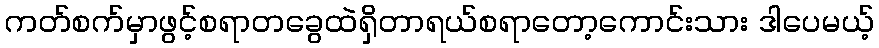
ကတ်စက်မှာဖွင့်စရာတခွေထဲရှိတာရယ်စရာတော့ကောင်းသား ဒါပေမယ့်